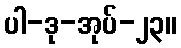
ပါ-ဒု-အုပ်-၂၃။